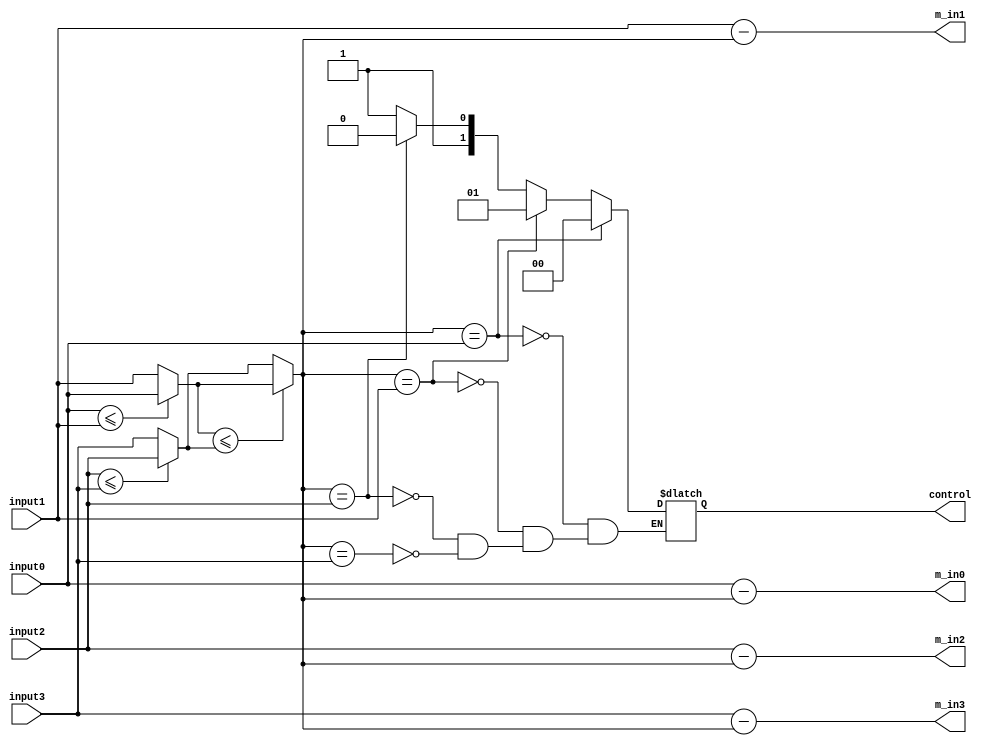
/******************************************************/   
/*   module reduce                                    */   
/******************************************************/   
// ---------------------------------------------------------------------------
// Purpose 	: This module is used to limit the size of error metric.
// --
//		  <zalfany@opencores.org>
// Last Rev.	: 18.4.2000
// 
// Modules used : -
// --
// Simulator	: ModelSim PE/Plus 4.7h
// Error	: None known yet.
// --
// Input  : input{0..3}        -> previous error metric
//                                 
// Output : m_in{0..3}         -> result of accumulation
//                                  x : the 'source' state
//				    y : the 'target' state
//          control	       -> look below
// --
// This module uses a simple algorithm to limit error metric
// size. After finding the smallest error metric, all
// error metric is substracted by those number.
//
// <control> indicates which state has the smallest error metric
// and used to determine where to start traceback.
// ---------------------------------------------------------------------------

module reduce   
      (input0,input1,input2,input3,   
      m_in0,m_in1,m_in2,m_in3,   
      control);   

   input [2:0] input0,input1,input2,input3;   
   output [2:0] m_in0,m_in1,m_in2,m_in3;   
   output [1:0] control; 
  
   wire [2:0] smallest;
   reg [1:0] control;

   function [2:0] find_smallest;   
      input [2:0] input0,input1,input2,input3;
      reg [2:0] a,b;   
         begin   
            if(input0<=input1) a=input0; else a=input1;   
            if(input2<=input3) b=input2; else b=input3;   
            if(a<=b) find_smallest = a;   
            else find_smallest = b;   
         end   
   endfunction    

   always @(smallest)
     begin
       case (smallest)
         input0 : control = 0;
         input1 : control = 1;
         input2 : control = 2;
         input3 : control = 3;
       endcase
     end
     
   assign smallest = find_smallest(input0,input1,input2,input3);
   
   assign m_in0 = input0 - smallest;   
   assign m_in1 = input1 - smallest;   
   assign m_in2 = input2 - smallest;   
   assign m_in3 = input3 - smallest;   

endmodule